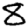
Digit: 8